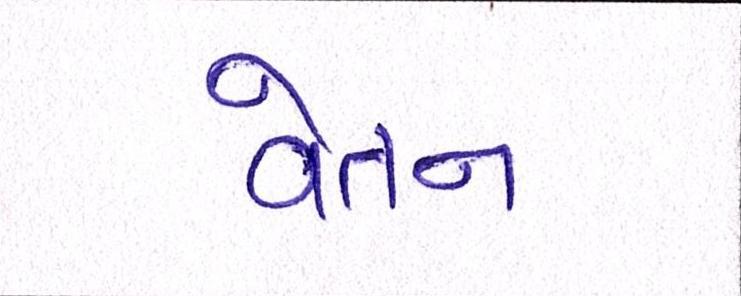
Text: વેતન